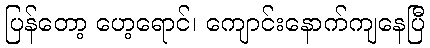
ပြန်တော့ ပော့ရောင်၊ ကျောင်းနောက်ကျနေပြီ